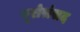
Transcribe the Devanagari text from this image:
यूरोसंसद